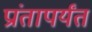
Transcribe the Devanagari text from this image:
प्रांतापर्यंत